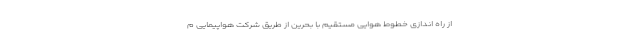
از راه اندازی خطوط هوایی مستقیم با بحرین از طریق شرکت هواپیمایی م